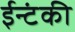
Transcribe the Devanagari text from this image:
ईन्टंकी